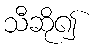
သီဆို၍